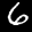
Label: 6